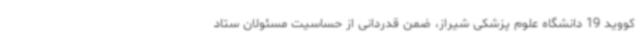
کووید 19 دانشگاه علوم پزشکی شیراز، ضمن قدردانی از حساسیت مسئولان ستاد